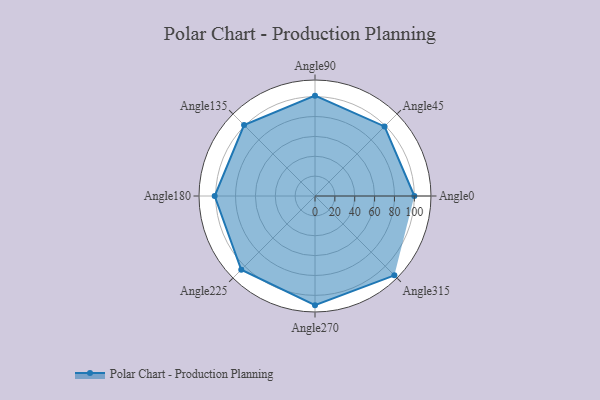
{"axis": {"x": "Angle", "y": "Radius"}, "legend": [""], "data": [{"x": "Angle0", "y": 100.0, "type": ""}, {"x": "Angle45", "y": 99.0, "type": ""}, {"x": "Angle90", "y": 101.0, "type": ""}, {"x": "Angle135", "y": 101.0, "type": ""}, {"x": "Angle180", "y": 101.0, "type": ""}, {"x": "Angle225", "y": 105.0, "type": ""}, {"x": "Angle270", "y": 110.0, "type": ""}, {"x": "Angle315", "y": 113.0, "type": ""}]}